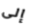
إلى